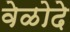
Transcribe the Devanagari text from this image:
वेळोदे